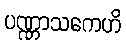
ပဏ္ဏာသကေဟိ